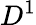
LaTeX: D^{1}